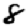
Digit: 8